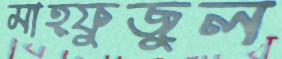
মাহ্ফুজুল